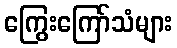
ကြွေးကြော်သံများ